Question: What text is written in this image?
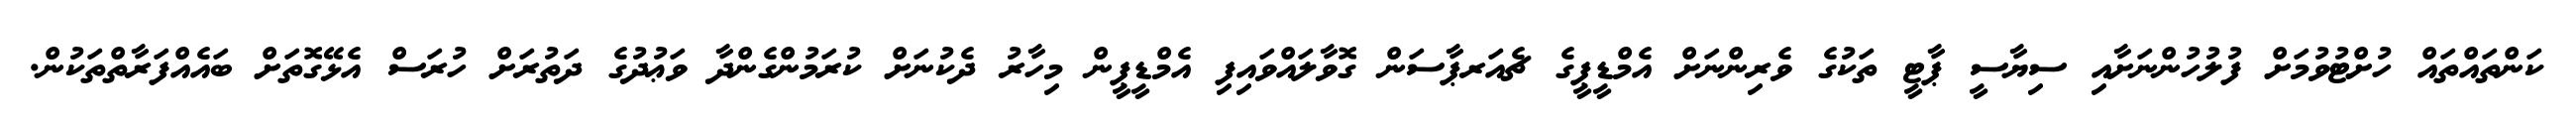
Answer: ކަންތައްތައް ހުށްޓުވުމަށް ފުލުހުންނަށާއި ސިޔާސީ ޕާޓީ ތަކުގެ ވެރިންނަށް އެމްޑީޕީގެ ޗެއަރޕާސަން ގޮވާލައްވައިފި އެމްޑީޕީން މިހާރު ދެކުނަށް ކުރަމުންގެންދާ ވަޢުދުގެ ދަތުރަށް ހުރަސް އެޅޭގޮތަށް ބައެއްފަރާތްތަކުން.